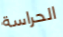
الحراسة